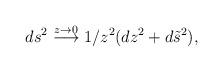
LaTeX: \begin{align*} ds^2 \stackrel{z \rightarrow 0}{\longrightarrow}1/z^2 (dz^2 +d\tilde{s} ^2),\end{align*}